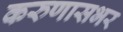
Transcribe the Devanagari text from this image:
करुणासभर